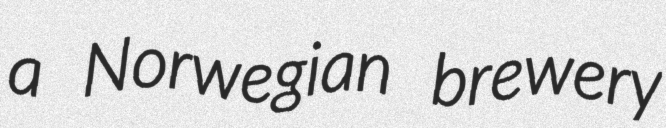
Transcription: a Norwegian brewery